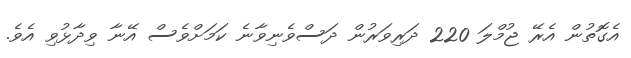
އެގޮތުން އެރޭ ޖުމްލަ 220 ދަރިވަރުން ދަސްވެނިވާނެ ކަމަށްވެސް އޭނާ ވިދާޅުވި އެވެ.